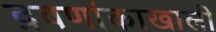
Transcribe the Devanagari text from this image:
द्रवणांकाखाली